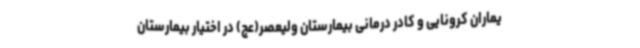
یماران کرونایی و کادر درمانی بیمارستان ولیعصر(عج) در اختیار بیمارستان